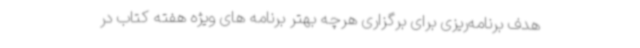
هدف برنامه‌ریزی برای برگزاری هرچه بهتر برنامه های ویژه هفته کتاب در